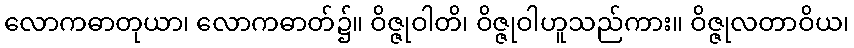
လောကဓာတုယာ၊ လောကဓာတ်၌။ ဝိဇ္ဇုဝါတိ၊ ဝိဇ္ဇုဝါဟူသည်ကား။ ဝိဇ္ဇုလတာဝိယ၊